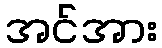
အင်အား